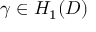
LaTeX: \gamma \in H _ { 1 } ( D )